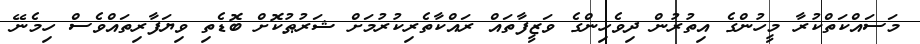
މަސައްކަތްކުރާ މީހުންގެ އިތުރުން ދިވެހިންގެ ވަޒީފާތައް ރައްކާތެރިކުރުމަށް ޝަރުޠުކޮށް ބޮޑެތި ވިޔަފާރިތައްވެސް ހިމެނޭ